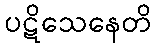
ပဋိသေနေတိ